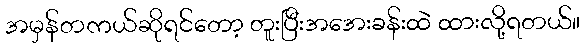
အမှန်တကယ်ဆိုရင်တော့ တူးပြီးအအေးခန်းထဲ ထားလို့ရတယ်။